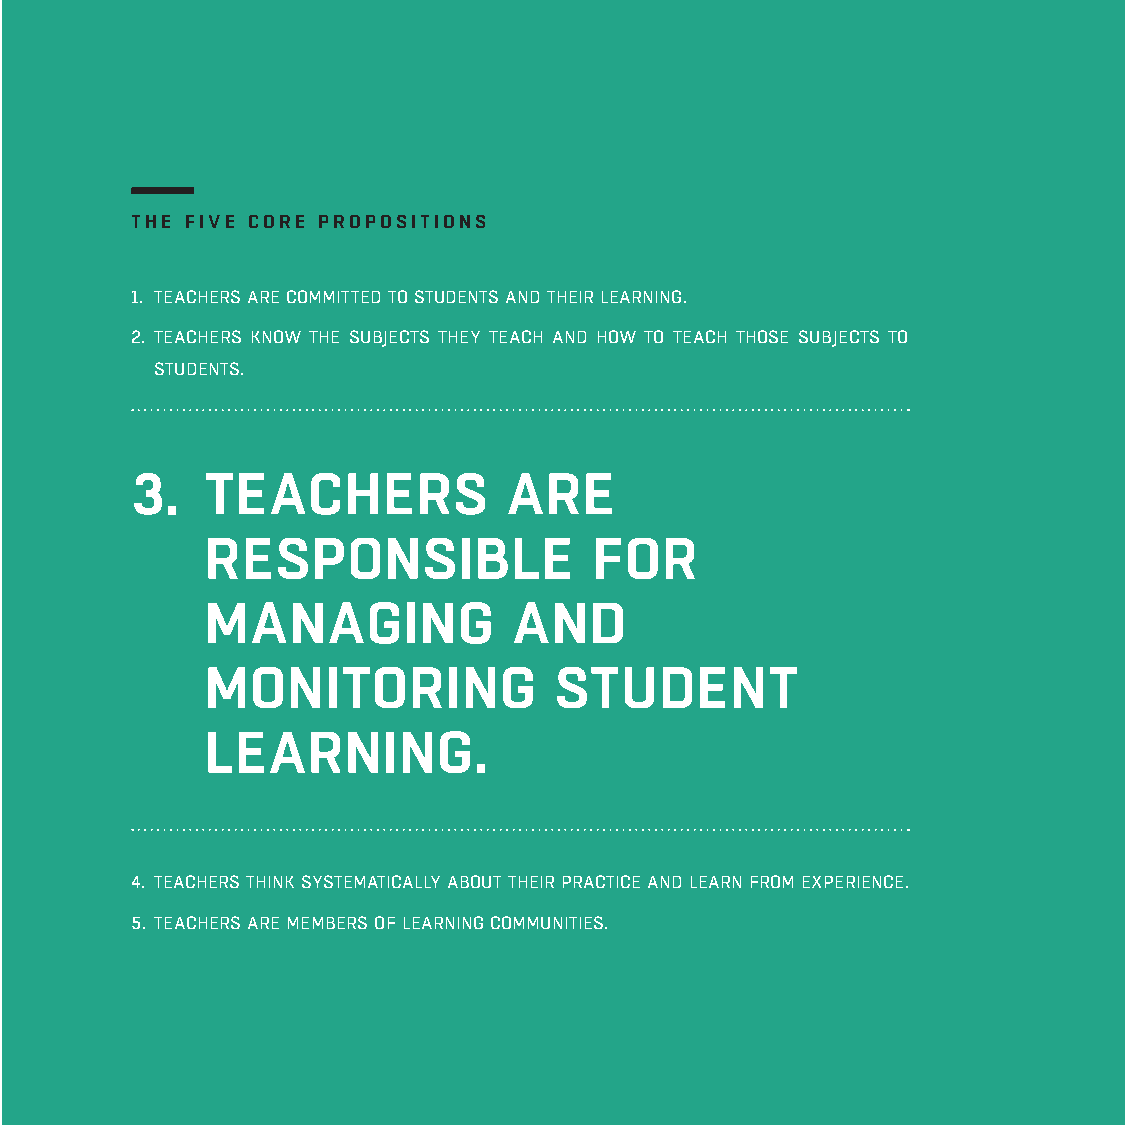
THE FIVE CORE PROPOSITIONS
 1. TEACHERS ARE COMMITTED TO STUDENTS AND THEIR LEARNING.
 2. TEACHERS KNOW THE SUBJECTS THEY TEACH AND HOW TO TEACH THOSE SUBJECTS TO
 STUDENTS.
 3.   TEACHERS            ARE
 RESPONSIBLE              FOR
 MANAGING            AND
 MONITORING             STUDENT
 LEARNING.
 4. TEACHERS THINK SYSTEMATICALLY ABOUT THEIR PRACTICE AND LEARN FROM EXPERIENCE.
 5. TEACHERS ARE MEMBERS OF LEARNING COMMUNITIES.